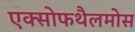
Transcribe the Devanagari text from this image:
एक्सोफथैलमोस